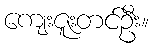
ကျေးဇူးတင်ဦး။